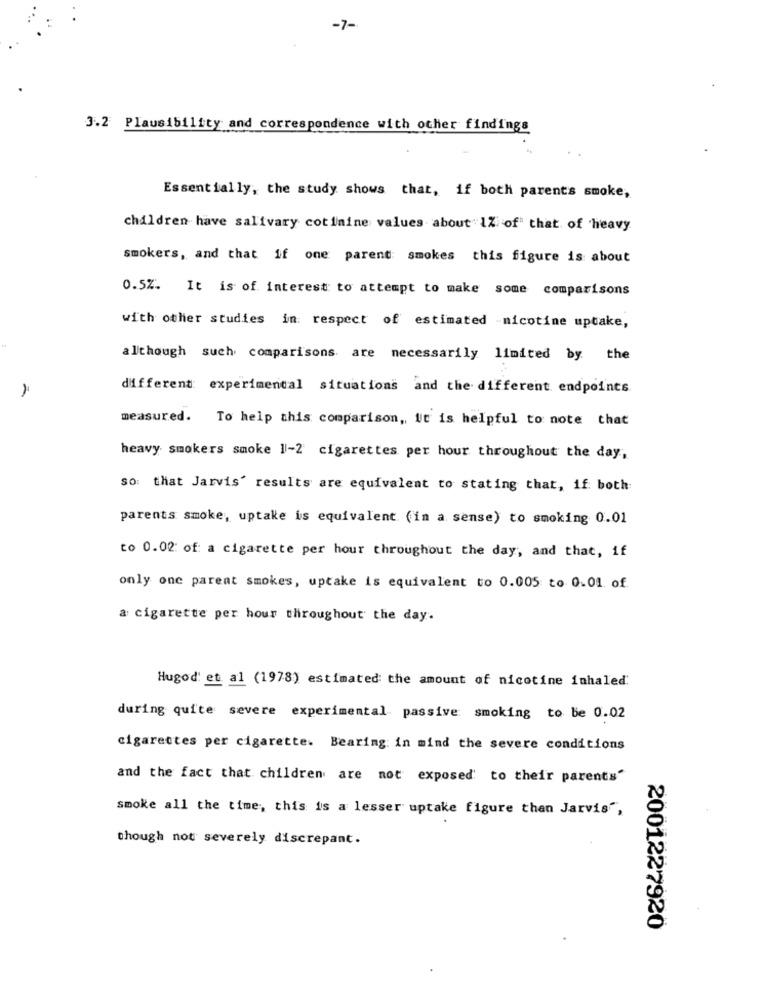
-7-
3.2 Plausibility and correspondence with other findings
Essentially, the study shows that, if both parents smoke,
children have salivary cotinine values about 1Z of" that of heavy
smokers, and that if one parent smokes this figure is about
0.5%. It is of interest to attempt to make some comparisons
with other studies in respect of estimated -nicotine uptake,
although such comparisons are necessarily limited by the
-
different: experimental situations and the different endpoints
measured. To help this comparison ,, it is helpful to note that
heavy smokers smoke 1-2 cigarettes per hour throughout the day,
so: that Jarvis' results are equivalent to stating that, if both
parents smoke, uptake is equivalent (in a sense) to smoking 0.01
to 0.02: of: a cigarette per hour throughout the day, and that, if
only one parent smokes, uptake is equivalent to 0.005 to 0.01. of
a cigarette per hour throughout the day.
Hugod' et al (1978) estimated: the amount of nicotine inhaled
during quite severe experimental passive smoking to be 0.02
cigarettes per cigarette. Bearing: in mind the severe conditions
and the fact that children are not exposed to their parents"
smoke all the time, this is a lesser uptake figure than Jarvis",
though not severely discrepant.
2001227920